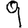
Digit: 9